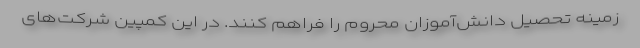
زمینه تحصیل دانش‌آموزان محروم را فراهم کنند. در این کمپین شرکت‌های